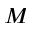
M